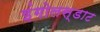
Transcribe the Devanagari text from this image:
इंगोलस्डाट